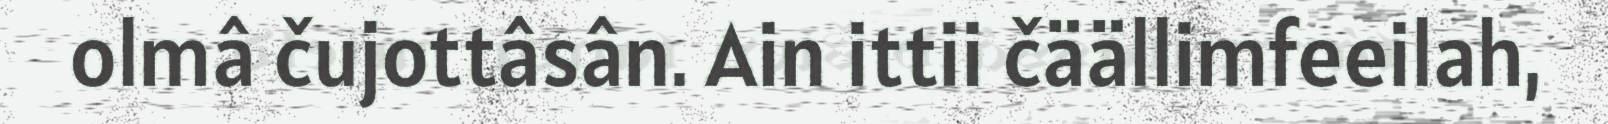
olmâ čujottâsân. Ain ittii čäällimfeeilah,